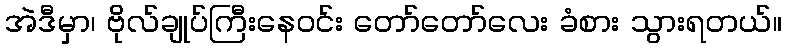
အဲဒီမှာ၊ ဗိုလ်ချုပ်ကြီးနေဝင်း တော်တော်လေး ခံစား သွားရတယ်။